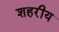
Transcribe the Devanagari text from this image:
शहरीय